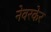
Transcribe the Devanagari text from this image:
नेवरकेर